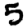
Digit: 5